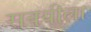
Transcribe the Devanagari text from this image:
सवयीला